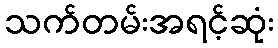
သက်တမ်းအရင့်ဆုံး